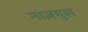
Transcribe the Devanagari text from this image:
नाज़गुल